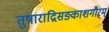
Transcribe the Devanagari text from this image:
तुषाराद्रिसङ्काशगौरम्